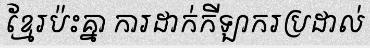
ខ្មែរប៉ះគ្នា ការដាក់កីឡាករប្រដាល់